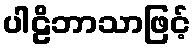
ပါဠိဘာသာဖြင့်